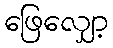
ဖြေလျှော့